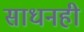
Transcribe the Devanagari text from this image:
साधनही